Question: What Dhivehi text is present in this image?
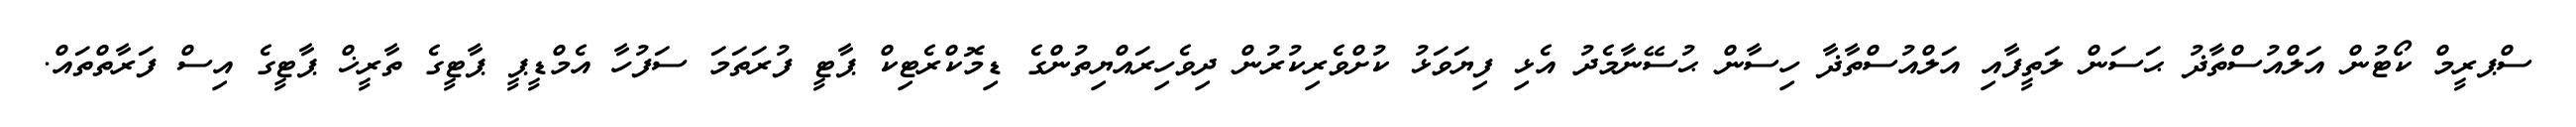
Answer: ސްޕރީމް ކޯޓުން އަލްއުސްތާޛު ޙަސަން ލަތީފާއި އަލްއުސްތާޛާ ހިސާން ޙުސޭނާމެދު އެޅި ފިޔަވަޅު ކުށްވެރިކުރުން ދިވެހިރައްޔިތުންގެ ޑިމޮކްރެޓިކް ޕާޓީ ފުރަތަމަ ސަފުހާ އެމްޑީޕީ ޕާޓީގެ ތާރީޚް ޕާޓީގެ އިސް ފަރާތްތައް.